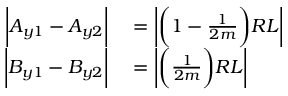
\begin{array} { r l } { \bigg | A _ { y 1 } - A _ { y 2 } \bigg | } & { { } = \bigg | \bigg ( 1 - \frac { 1 } { 2 m } \bigg ) R L \bigg | } \\ { \bigg | B _ { y 1 } - B _ { y 2 } \bigg | } & { { } = \bigg | \bigg ( \frac { 1 } { 2 m } \bigg ) R L \bigg | } \end{array}